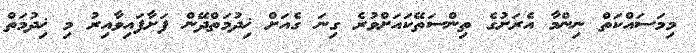
މިމަސައްކަތް ނިންމާ އެރަށުގެ ތިންސަތޭކައަށްވުރެ ގިނަ ގެއަށް ޚިދުމަތްދޭން ފަށާފައިވާއިރު މި ޚިދުމަތް